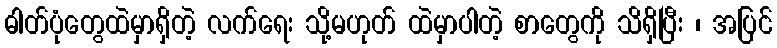
ဓါတ်ပုံတွေထဲမှာရှိတဲ့ လက်ရေး သို့မဟုတ် ထဲမှာပါတဲ့ စာတွေကို သိရှိပြီး ၊ အပြင်